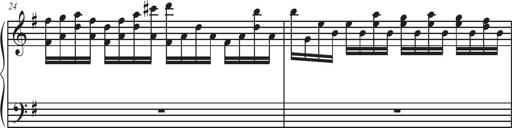
Title: Sonatina Espania
Composer: Jerald Franklin Archer
Key: Various